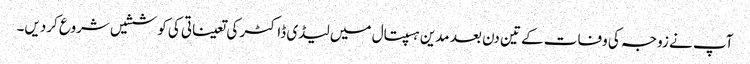
آپ نے زوجہ کی وفات کے تین دن بعد مدین ہسپتال میں لیڈی ڈاکٹر کی تعیناتی کی کوششیں شروع کردیں۔